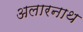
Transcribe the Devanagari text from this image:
अलारनाथ